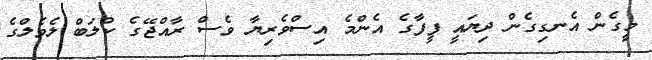
މީގެން އެނގިގެން ދިޔައީ ފީފާގެ އެންމެ އިސްވެރިޔާ ވެސް ރާއްޖޭގެ ކްލަބް ލެވެލްގެ